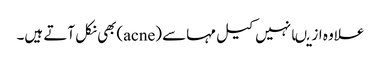
علاوہ ازیںانہیں کیل مہاسے (acne)بھی نکل آتے ہیں۔